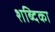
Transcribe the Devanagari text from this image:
शब्दिका